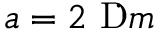
a = 2 ~ \textrm Ḋ \textmu Ḋ Ḍ m Ḍ